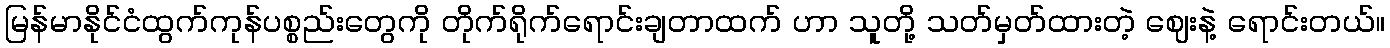
မြန်မာနိုင်ငံထွက်ကုန်ပစ္စည်းတွေကို တိုက်ရိုက်ရောင်းချတာထက် ဟာ သူတို့ သတ်မှတ်ထားတဲ့ ဈေးနဲ့ ရောင်းတယ်။